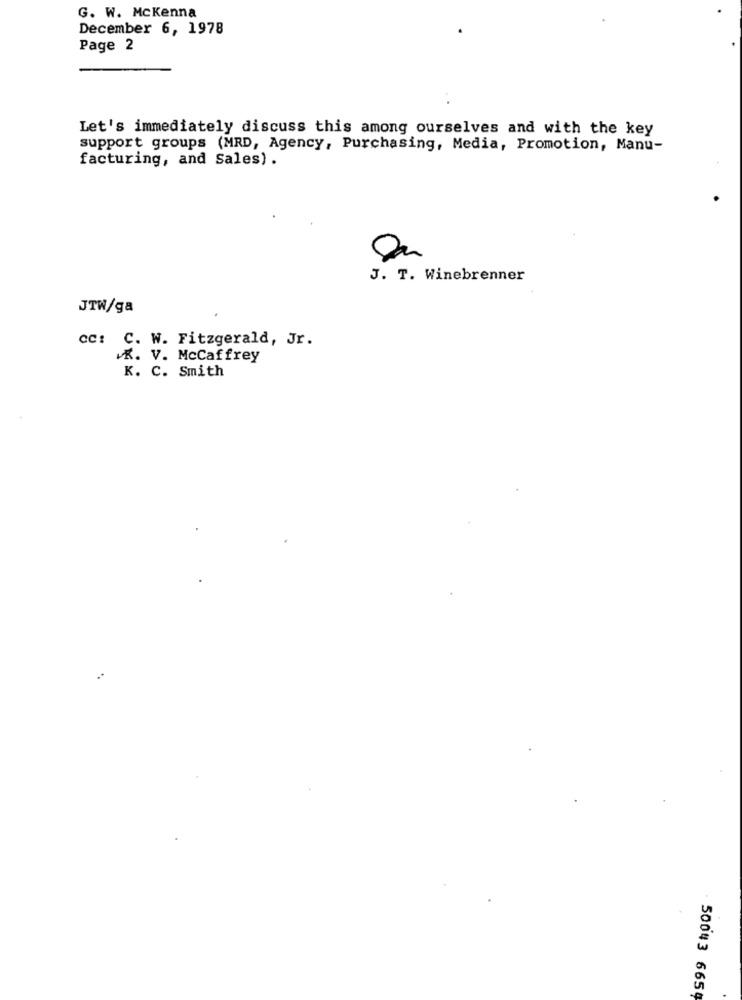
G. W. Mckenna
December 6, 1978
Page 2
Let's immediately discuss this among ourselves and with the key
support groups (MRD, Agency, Purchasing, Media, Promotion, Manu-
facturing, and Sales) .
J. T. Winebrenner
JTW/ga
cc: C. W. Fitzgerald, Jr.
K. V. McCaffrey
K. C. Smith
500#3 6659